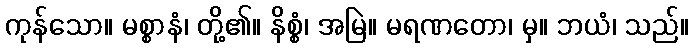
ကုန်သော။ မစ္စာနံ၊ တို့၏။ နိစ္စံ၊ အမြဲ။ မရဏတော၊ မှ။ ဘယံ၊ သည်။